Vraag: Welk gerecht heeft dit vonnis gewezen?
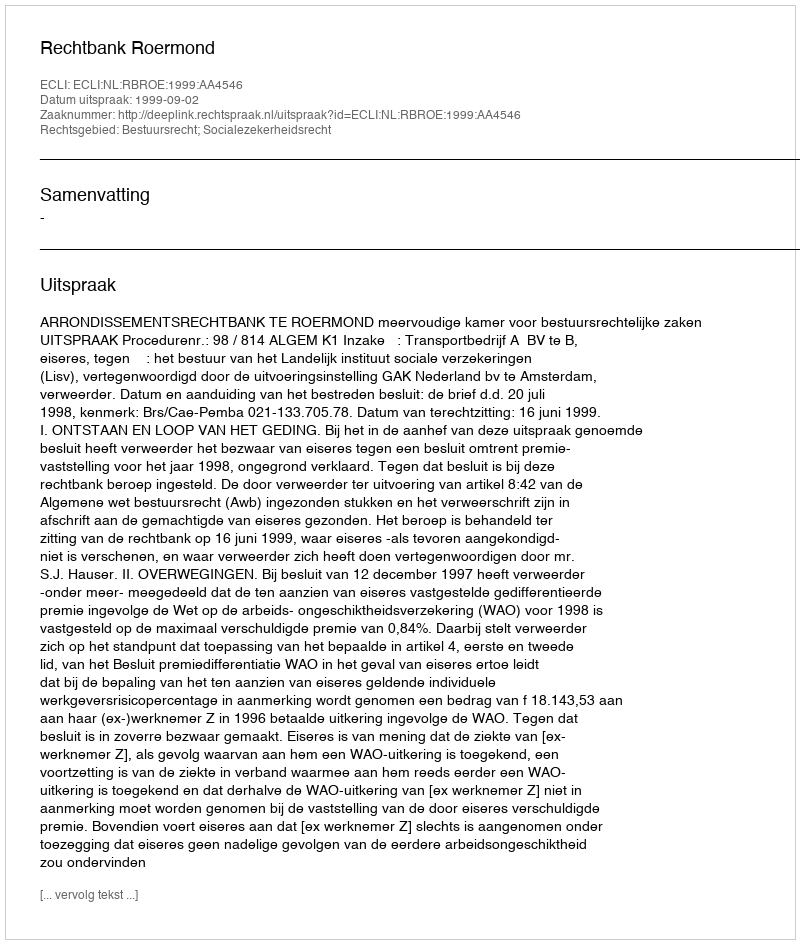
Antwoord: Rechtbank Roermond